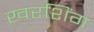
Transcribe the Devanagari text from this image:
खरशिंग